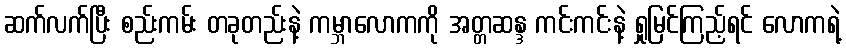
ဆက်လက်ပြီး စည်းကမ်း တခုတည်းနဲ့ ကမ္ဘာလောကကို အတ္တဆန္ဒ ကင်းကင်းနဲ့ ရှုမြင်ကြည့်ရင် လောကရဲ့